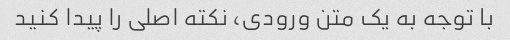
با توجه به یک متن ورودی، نکته اصلی را پیدا کنید